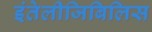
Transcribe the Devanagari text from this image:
इंतेलीजिबिलिस